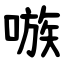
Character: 嗾